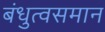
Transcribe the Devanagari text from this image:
बंधुत्वसमान